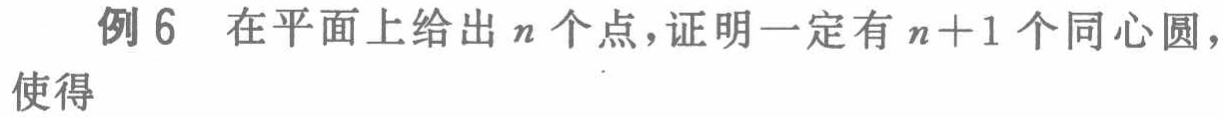
例 6 在平面上给出 \(n\) 个点，证明一定有 \(n + 1\) 个同心圆，使得